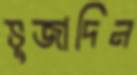
ভুজাদিন